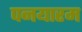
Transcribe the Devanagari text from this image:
पनयारम